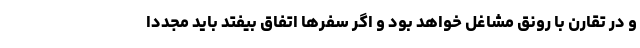
و در تقارن با رونق مشاغل خواهد بود و اگر سفرها اتفاق بیفتد باید مجدداً